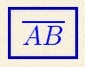
\overline{AB}